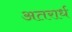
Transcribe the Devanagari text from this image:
अतरार्ध